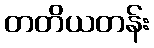
တတိယတန်း